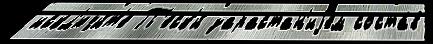
искл'ючи́т'е П'еск'и́ зарастан'иjем соста́в